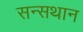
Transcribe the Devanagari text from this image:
सन्सथान